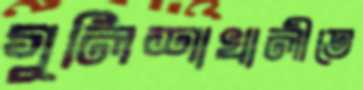
গুলিশাখালীতে